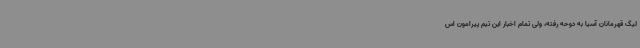
لیگ قهرمانان آسیا به دوحه رفته، ولی تمام اخبار این تیم پیرامون اس